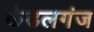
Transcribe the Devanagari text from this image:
कैडलगंज